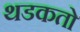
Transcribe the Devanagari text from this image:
थडकतो